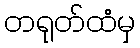
တရုတ်ထံမှ